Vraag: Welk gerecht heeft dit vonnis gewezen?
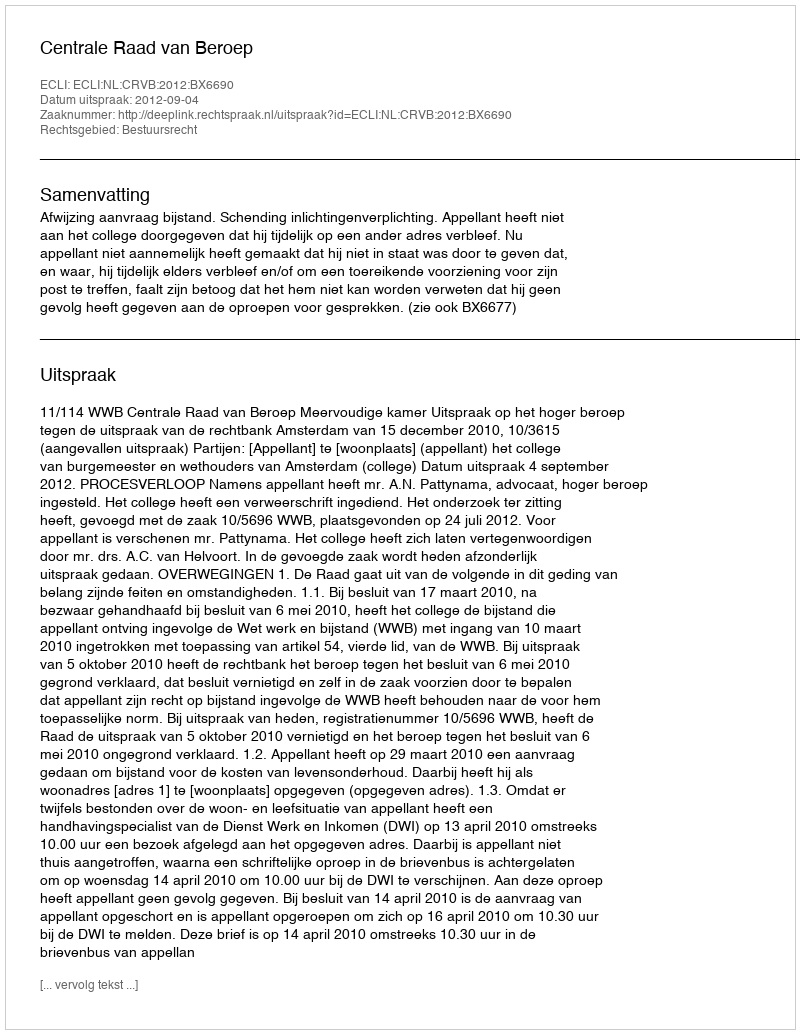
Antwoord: Centrale Raad van Beroep